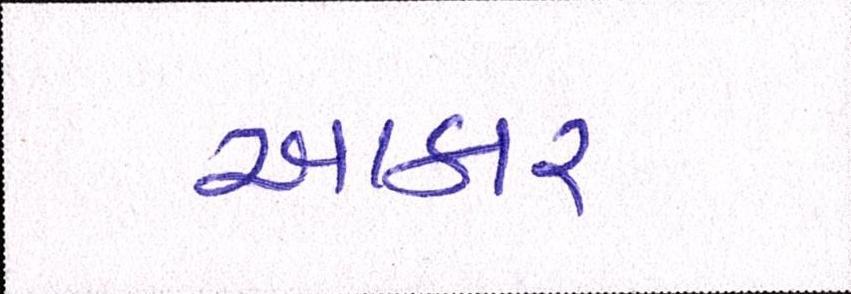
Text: આકાર